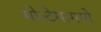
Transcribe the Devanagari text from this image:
मोन्टेमागमो